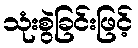
သုံးစွဲခြင်းဖြင့်